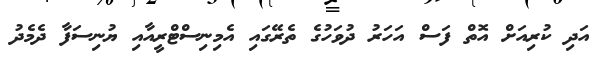
އަދި ކުރިއަށް އޮތް ފަސް އަހަރު ދުވަހުގެ ތެރޭގައި އެމިނިސްޓްރީއާއި ޔުނިސަފާ ދެމެދު